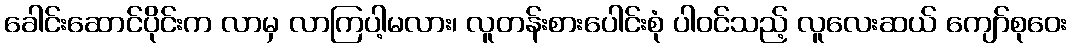
ခေါင်းဆောင်ပိုင်းက လာမှ လာကြပါ့မလား၊ လူတန်းစားပေါင်းစုံ ပါဝင်သည့် လူလေးဆယ် ကျော်စုဝေး